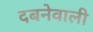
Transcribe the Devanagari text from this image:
दबनेवाली